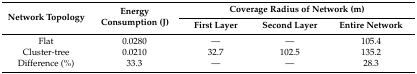
| <ROWSPAN=2> Network Topology | <ROWSPAN=2> Energy Consumption (J) | <COLSPAN=3> Coverage Radius of Network (m) |
 | First Layer | Second Layer | Entire Network |
 | --- | --- | --- | --- | --- |
 | Flat | 0.0280 | — | — | 105.4 |
 | Cluster-tree | 0.0210 | 32.7 | 102.5 | 135.2 |
 | Difference (%) | 33.3 | — | — | 28.3 |